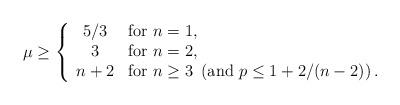
LaTeX: \begin{align*}\mu\ge\left\{\begin{array}{cl} 5/3 & \mbox{for}\ n=1,\\ 3 & \mbox{for}\ n=2,\\n+2 & \mbox{for}\ n\ge3\ \left(\mbox{and}\ p\le1+2/(n-2)\right).\end{array}\right.\end{align*}